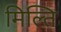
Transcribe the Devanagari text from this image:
मिल्ति